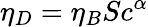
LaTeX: \eta_{D}=\eta_{B}Sc^{\alpha}